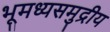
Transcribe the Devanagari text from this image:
भूमध्यसमुद्रीय